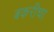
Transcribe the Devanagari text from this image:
बकरीचा